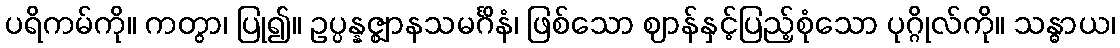
ပရိကမ်ကို။ ကတွာ၊ ပြု၍။ ဥပ္ပန္နဇ္ဈာနသမင်္ဂိနံ၊ ဖြစ်သော ဈာန်နှင့်ပြည့်စုံသော ပုဂ္ဂိုလ်ကို။ သန္ဓာယ၊